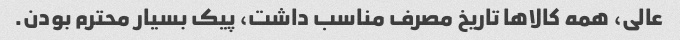
عالی، همه کالاها تاریخ مصرف مناسب داشت، پیک بسیار محترم بودن.